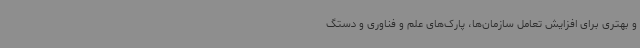
و بهتری برای افزایش تعامل سازمان‌ها، پارک‌های علم و فناوری و دستگ